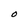
Character: O